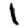
Digit: 1